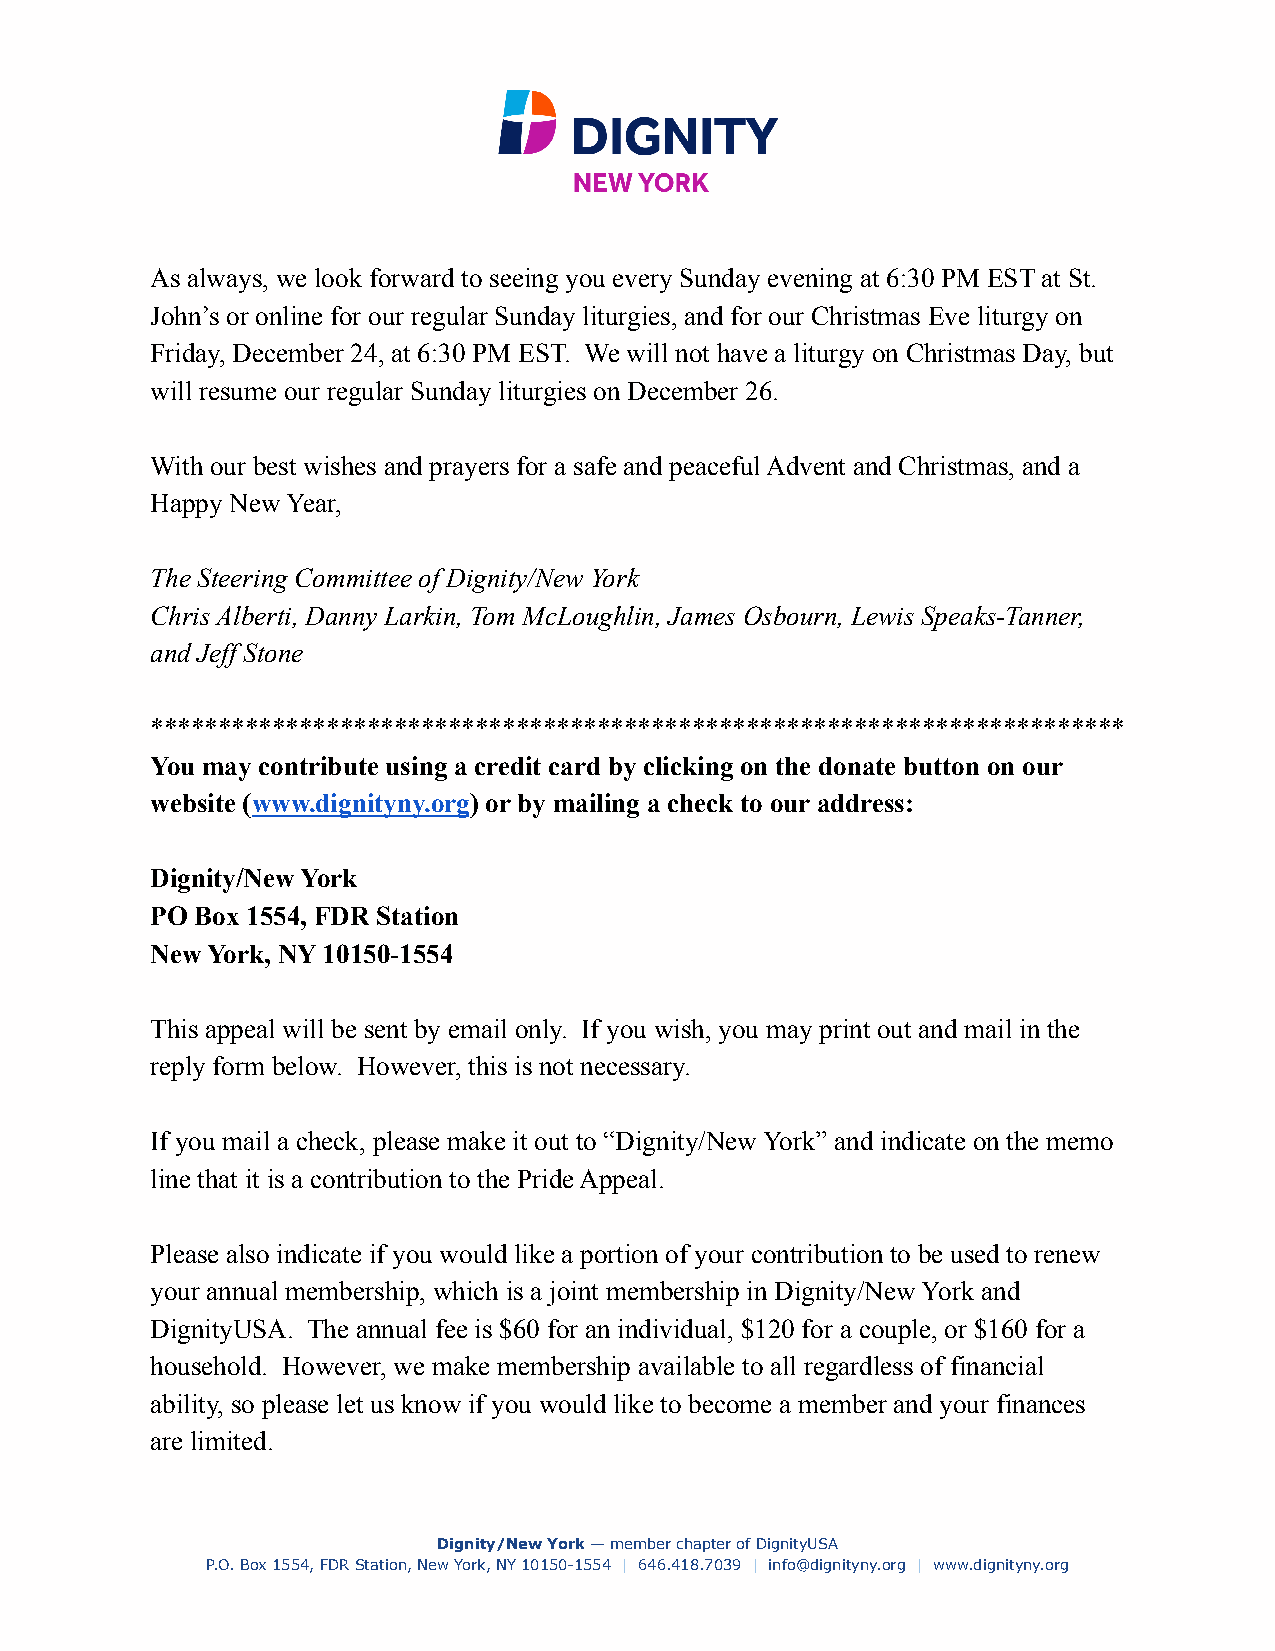
As always, we look forward to seeing you every Sunday evening at 6:30 PM EST at St.
 John’s or online for our regular Sunday liturgies, and for our Christmas Eve liturgy on
 Friday, December 24, at 6:30 PM EST. We will not have a liturgy on Christmas Day, but
 will resume our regular Sunday liturgies on December 26.
 With our best wishes and prayers for a safe and peaceful Advent and Christmas, and a
 Happy New Year,
 The Steering Committee of Dignity/New York
 Chris Alberti, Danny Larkin, Tom McLoughlin, James Osbourn, Lewis Speaks-Tanner,
 and Jeff Stone
 ************************************************************************
 You may contribute using a credit card by clicking on the donate button on our
 website (www.dignityny.org) or by mailing a check to our address:
 Dignity/New York
 PO Box 1554, FDR Station
 New York, NY 10150-1554
 This appeal will be sent by email only. If you wish, you may print out and mail in the
 reply form below. However, this is not necessary.
 If you mail a check, please make it out to “Dignity/New York” and indicate on the memo
 line that it is a contribution to the Pride Appeal.
 Please also indicate if you would like a portion of your contribution to be used to renew
 your annual membership, which is a joint membership in Dignity/New York and
 DignityUSA. The annual fee is $60 for an individual, $120 for a couple, or $160 for a
 household. However, we make membership available to all regardless of financial
 ability, so please let us know if you would like to become a member and your finances
 are limited.
 Dignity/New York— member chapter of DignityUSA
 P.O. Box 1554, FDR Station, New York, NY 10150-1554 | 646.418.7039 | info@dignityny.org | www.dignityny.org